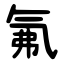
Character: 氟